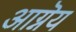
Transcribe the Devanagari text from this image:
आग्नॆय